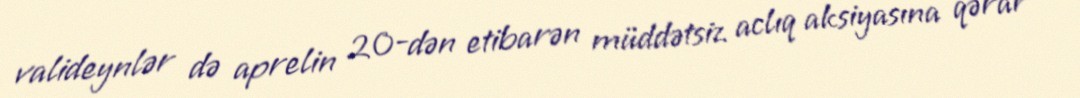
valideynlər də aprelin 20-dən etibarən müddətsiz aclıq aksiyasına qərar